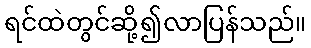
ရင်ထဲတွင်ဆို့၍လာပြန်သည်။